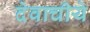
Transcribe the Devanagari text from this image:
देवाचीये